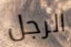
الرجل